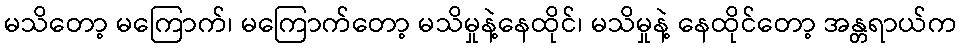
မသိတော့ မကြောက်၊ မကြောက်တော့ မသိမှုနဲ့နေထိုင်၊ မသိမှုနဲ့ နေထိုင်တော့ အန္တရာယ်က